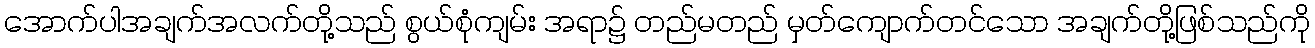
အောက်ပါအချက်အလက်တို့သည် စွယ်စုံကျမ်း အရာ၌ တည်မတည် မှတ်ကျောက်တင်သော အချက်တို့ဖြစ်သည်ကို